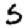
Digit: 5